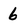
Character: 6